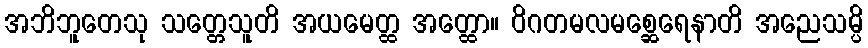
အဘိဘူတေသု သတ္တေသူတိ အယမေတ္ထ အတ္ထော။ ဝိဂတမလမစ္ဆေရေနာတိ အညေသမ္ပိ